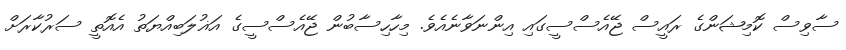
ސާވިސް ކޮމިޝަންގެ ރައީސް ޖޭއެސްސީގައި އިންނަވާނެއެވެ. މިހާހިސާބުން ޖޭއެސްސީގެ އަޣުލަބިއްޔަތު އެއޮތީ ސަރުކާރަށް